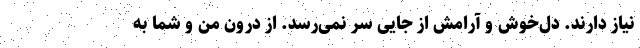
نیاز دارند. دل‌خوش و آرامش از جایی سر نمی‌رسد. از درون من و شما به